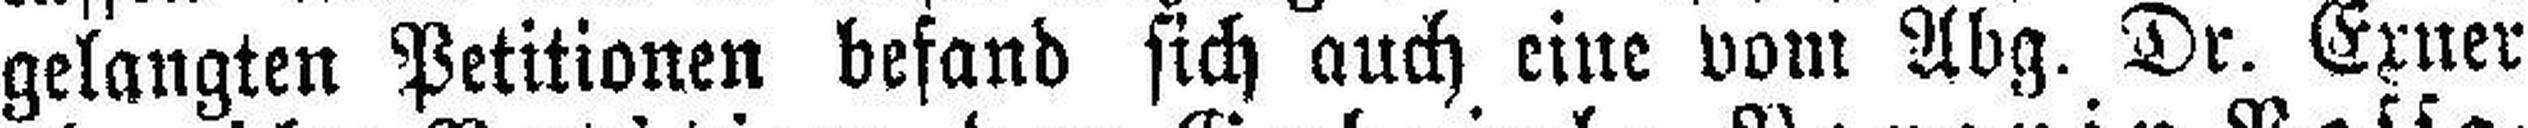
gelangten Petitionen befand sich auch eine vom Abg. Dr. Exner